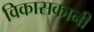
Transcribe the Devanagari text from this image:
विकासकानी